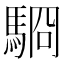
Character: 䮐